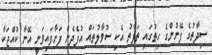
ސިދާތުގެ ފޭނުންގެ ހިތުގައި ތަފާތު އެކި ސުވާލުތައް އުފެދެން ފަށާފައިވަނީ އޭނާ ކުއްޖަކާ